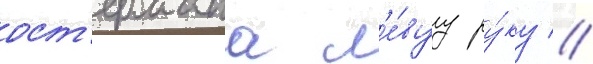
ост'ермана л'е́вуу ру́ку //